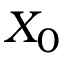
X _ { 0 }